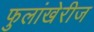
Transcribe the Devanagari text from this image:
फुलांखेरीज